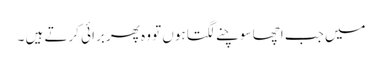
میں جب اچھا سوچنے لگتا ہوں تو وہ پھر برائی کرتے ہیں ۔